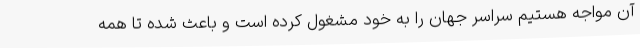
آن مواجه هستیم سراسر جهان را به خود مشغول کرده است و باعث شده تا همه